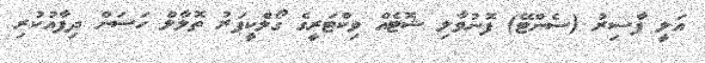
އަލީ ފާސިރު (ސެންޓޭ) ފޮނުވާލި ޝޮޓެއް ވިކްޓަރީގެ ގޯލްކީޕަރު ތޮލާލް ހަސަން ދިފާއުކުރި